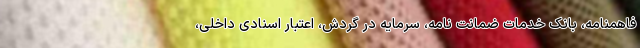
فاهمنامه، بانک خدمات ضمانت نامه، سرمایه در گردش، اعتبار اسنادی داخلی،